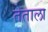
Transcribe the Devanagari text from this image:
तेताला